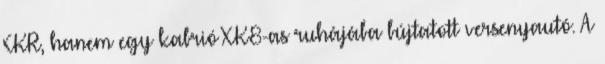
XKR, hanem egy kabrió XK8-as ruhájába bújtatott versenyautó. A